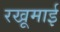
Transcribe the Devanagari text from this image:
रखूमाई